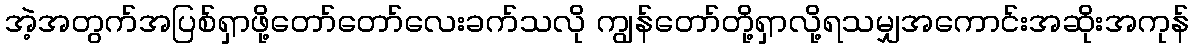
အဲ့အတွက်အပြစ်ရှာဖို့တော်တော်လေးခက်သလို ကျွန်တော်တို့ရှာလို့ရသမျှအကောင်းအဆိုးအကုန်